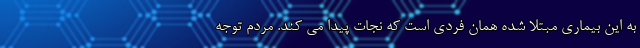
به این بیماری مبتلا شده همان فردی است که نجات پیدا می کند. مردم توجه